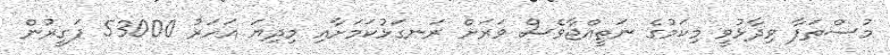
މުސްތަފާ ވިދާޅުވީ މިކަމުގެ ނަތީއްޖާވެސް ވަރަށް ރަނގަޅުކަމަށާއި މިދިޔަ އަހަރު 53000 ފަގީރުން